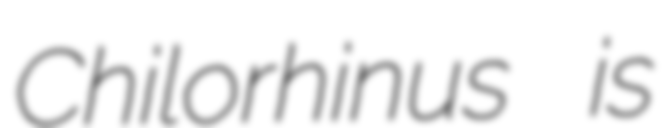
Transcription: Chilorhinus is